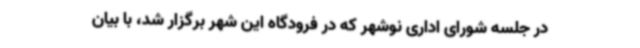
در جلسه شورای اداری نوشهر که در فرودگاه این شهر برگزار شد، با بیان